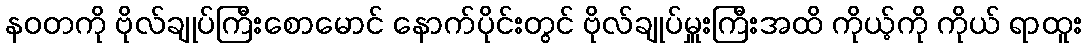
နဝတကို ဗိုလ်ချုပ်ကြီးစောမောင် နောက်ပိုင်းတွင် ဗိုလ်ချုပ်မှူးကြီးအထိ ကိုယ့်ကို ကိုယ် ရာထူး